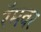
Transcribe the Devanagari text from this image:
रॅमवर